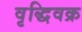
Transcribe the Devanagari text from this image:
वृद्धिवक्र